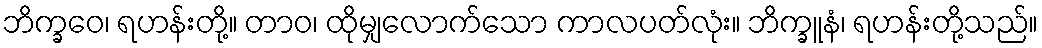
ဘိက္ခဝေ၊ ရဟန်းတို့။ တာဝ၊ ထိုမျှလောက်သော ကာလပတ်လုံး။ ဘိက္ခူနံ၊ ရဟန်းတို့သည်။